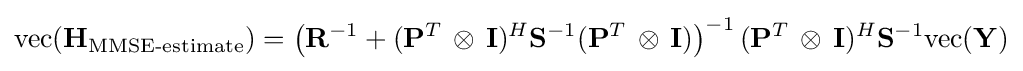
{\mbox{vec}}(\mathbf {H} _{\textrm {MMSE-estimate}})=\left(\mathbf {R} ^{-1}+(\mathbf {P} ^{T}\,\otimes \,\mathbf {I} )^{H}\mathbf {S} ^{-1}(\mathbf {P} ^{T}\,\otimes \,\mathbf {I} )\right)^{-1}(\mathbf {P} ^{T}\,\otimes \,\mathbf {I} )^{H}\mathbf {S} ^{-1}{\mbox{vec}}(\mathbf {Y} )